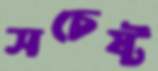
সচেষ্ট